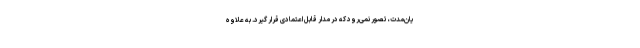
یان‌مدت، تصور نمی‌رود که در مدار قابل اعتمادی قرار گیرد. به علاوه